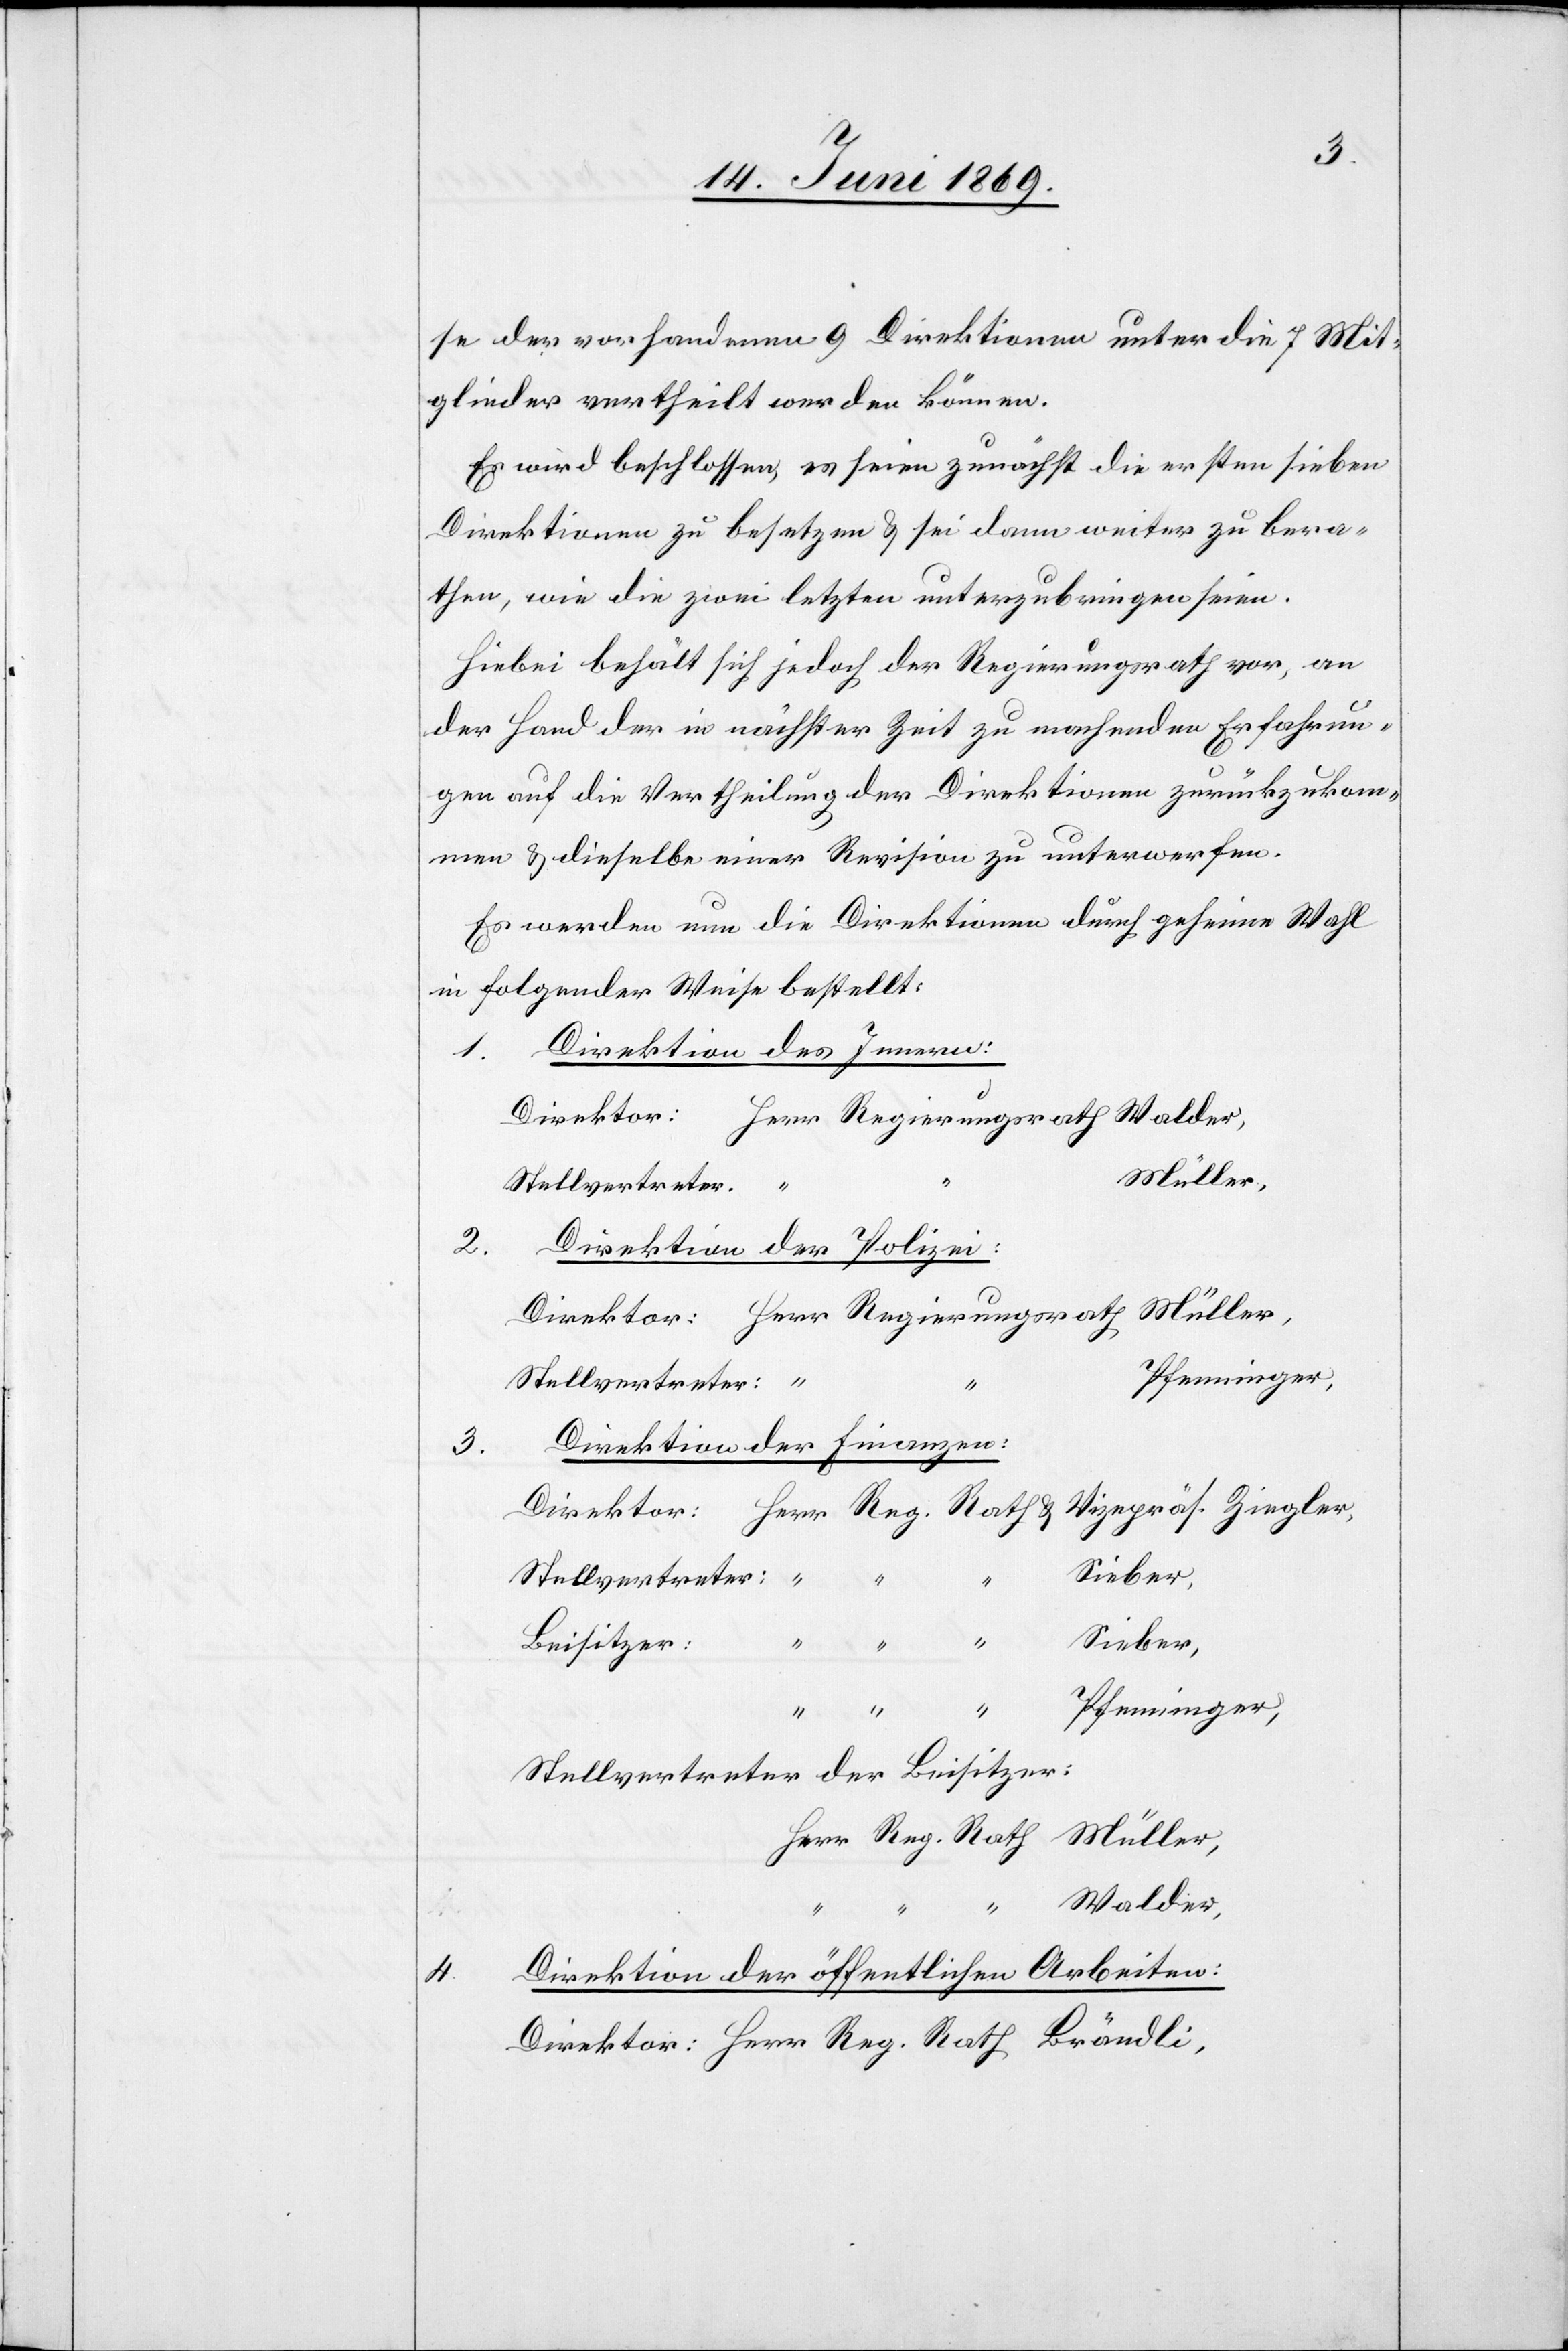
r:		H¬

se der vorhandenen 9 Direktionen unter die 7 Mit¬
glieder vertheilt werden können.
Es wird beschlossen, es scheine zunächst die ersten sieben
Direktionen zu besetzen u. sei dann weiter zu bera¬
then, wie die zwei letzten unterzubringen seien.
Hiebei behält sich jedoch der Regierungsrath vor, an
der Hand der in nächster Zeit zu machenden Erfahrun¬
gen auf die Vertheilung der Direktionen zurückzukom¬
men u. dieselbe einer Revision zu unterwerfen.
Es werden nun die Direktionen durch geheime Wahl
in folgender Weise bestellt:
Direktion des Innern:
Direktor: 		Herr Regierungsrath Walder,
Müller,
2.
Direktion der Polizei:
Direktor:	Herr Regierungsrath Müller,
Direktion der Finanzen:
3.
err Reg. Rath u. Vicepräs. Ziegler
Direkto¬
Stellvertreter:
“
Sieber,
“
Beisitzer:
Pfenninger,
1.
Stellvertreter der Beisitzer:
Herr Reg. Rath Müller,
Walder,
4.
Direktion der öffentlichen Arbeiten:
Direktor: 		Herr Reg. Rath Brändli,